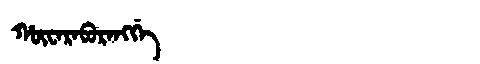
Manchu: ᡥᡡᠸᠠᡵᠠᠪᡠᡵᠠᠩᡤᡝ
Romanization: HŪWARABURANGGE